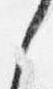
之